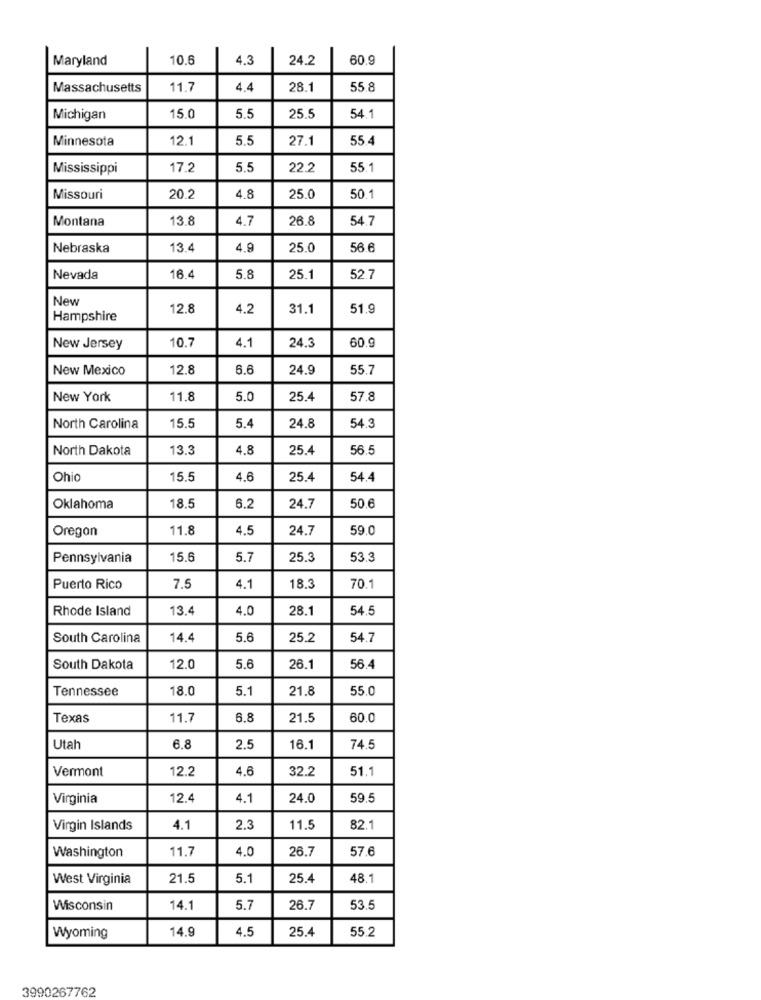
Maryland
10.6
4.3
24.2
60.9
Massachusetts
11.7
4.4
28.1
55.8
Michigan
15.0
5.5
25.5
54.1
Minnesota
12.1
5.5
27.1
55.4
Mississippi
17.2
5.5
22.2
55.1
Missouri
20.2
4.8
25.0
50.1
Montana
13.8
4.7
26.8
54.7
Nebraska
13.4
4.9
25.0
56.6
Nevada
16.4
5.8
25.1
52.7
New
12.8
4.2
31.1
51.9
Hampshire
4.1
60.9
New Jersey
10.7
24.3
New Mexico
12.8
6.6
24.9
55.7
New York
11.8
5.0
25.4
57.8
24.8
North Carolina
15.5
5.4
54.3
North Dakota
13.3
4.8
25.4
56.5
Ohio
15.5
4.6
25.4
54.4
Oklahoma
18.5
6.2
24.7
50.6
Oregon
11.8
4.5
24.7
59.0
Pennsylvania
15.6
5.7
25.3
53.3
Puerto Rico
7.5
4.1
18.3
70.1
Rhode Island
13.4
4.0
28.1
54.5
South Carolina
14.4
5.6
25.2
54.7
South Dakota
12.0
5.6
26.1
56.4
Tennessee
18.0
5.1
21.8
55.0
Texas
11.7
6.8
21.5
60.0
Utah
6.8
2.5
16.1
74.5
Vermont
12.2
4.6
32.2
51.1
Virginia
12.4
4.1
24.0
59.5
Virgin Islands
4.1
2.3
11.5
82.1
Washington
11.7
4.0
26.7
57.6
West Virginia
21.5
5.1
25.4
48.1
Wisconsin
14.1
5.7
26.7
53.5
14.9
4.5
25.4
55.2
Wyoming
3990267762